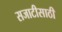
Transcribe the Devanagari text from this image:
सजाटीसाठी